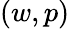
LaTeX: (w,p)